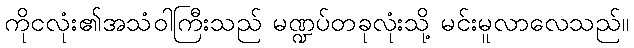
ကိုငလုံး၏အသံဝါကြီးသည် မဏ္ဍပ်တခုလုံးသို့ မင်းမူလာလေသည်။